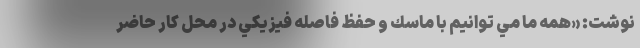
نوشت: «همه ما مي توانيم با ماسك و حفظ فاصله فيزيكي در محل كار حاضر